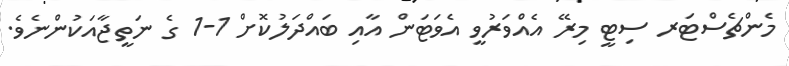
މެންޗެސްޓަރ ސިޓީ މިރޭ އެއްވަރުވީ އެވަޓަން އާއި ބައްދަލުކޮށް 1-1 ގެ ނަތީޖާއަކުންނެވެ.